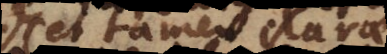
(et tamen clarae)